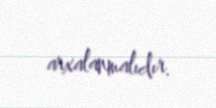
arxalanmalıdır.